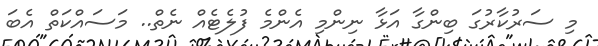
މި ސަރުކާރުގަ ބިންގާ އަޅާ ނިންމި އެންމެ ފުލެޓެއް ނެތް.. މަސައްކަތް އެބަ